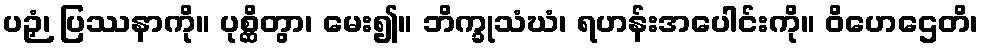
ပဉှံ၊ ပြဿနာကို။ ပုစ္ဆိတွာ၊ မေး၍။ ဘိက္ခုသံဃံ၊ ရဟန်းအပေါင်းကို။ ဝိဟေဌေတိ၊